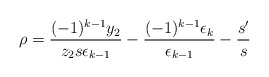
\begin{align*} \rho = \frac{(-1)^{k - 1} y_2}{z_2 s \epsilon_{k - 1}} - \frac{(-1)^{k - 1} \epsilon_k}{\epsilon_{k - 1}} - \frac{s'}{s} \end{align*}